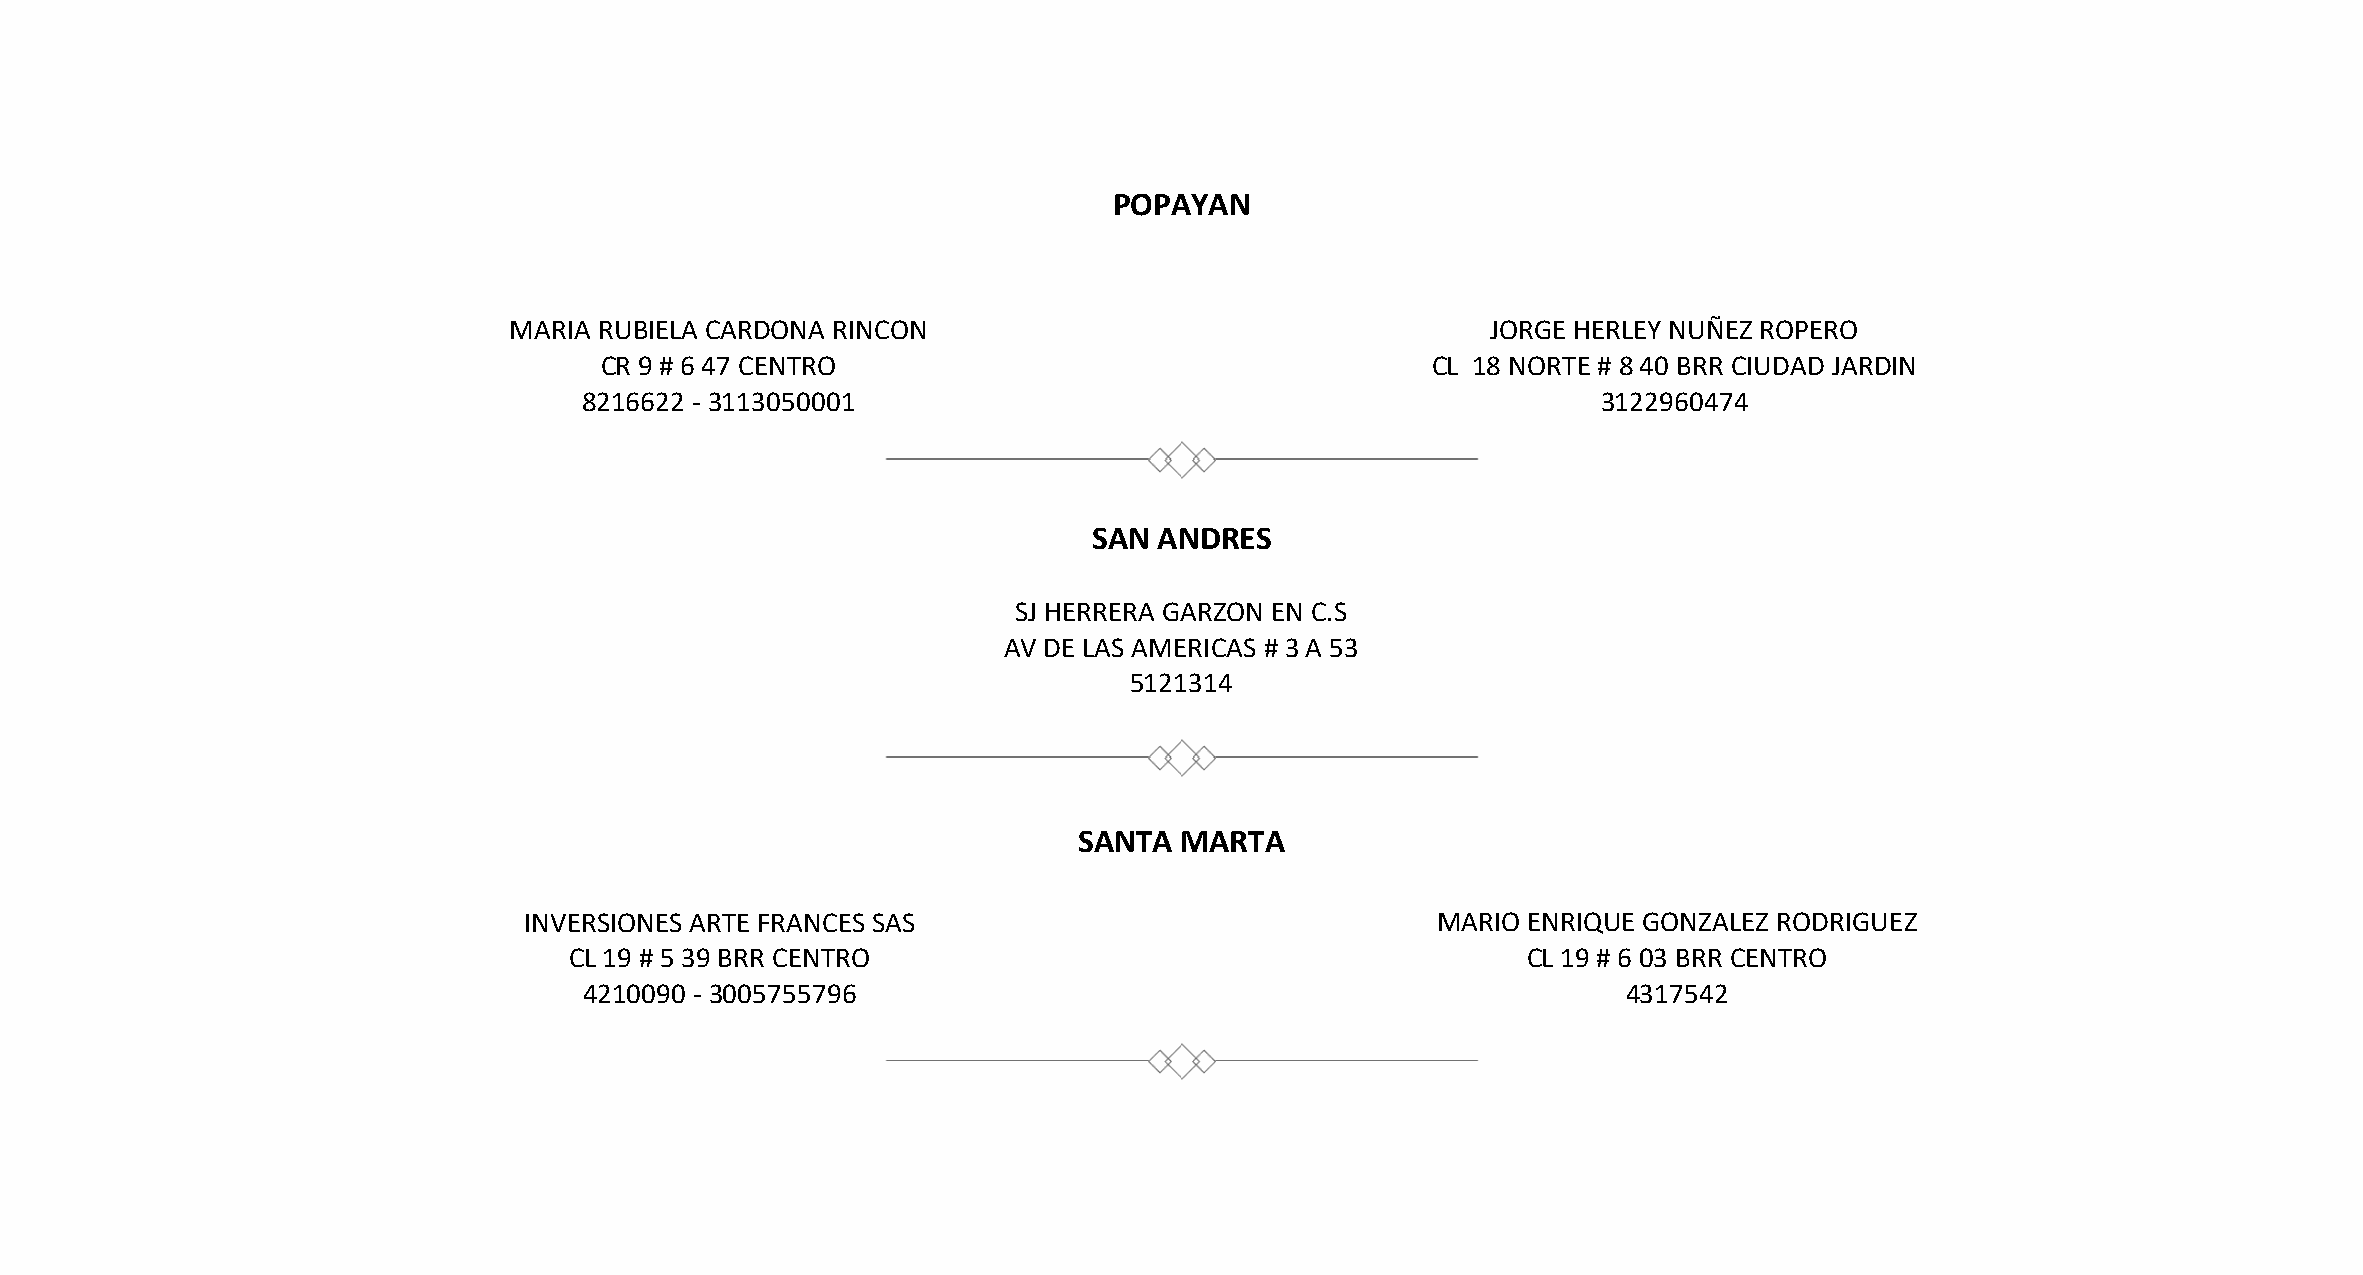
POPAYAN
 MARIA RUBIELA CARDONA RINCON                                     JORGE HERLEY NUÑEZ ROPERO
 CR 9 # 6 47 CENTRO                                     CL 18 NORTE # 8 40 BRR CIUDAD JARDIN
 8216622 - 3113050001                                               3122960474
 SAN  ANDRES
 SJ HERRERA GARZON EN C.S
 AV DE LAS AMERICAS # 3 A 53
 5121314
 SANTA  MARTA
 INVERSIONES ARTE FRANCES SAS                                MARIO ENRIQUE GONZALEZ RODRIGUEZ
 CL 19 # 5 39 BRR CENTRO                                        CL 19 # 6 03 BRR CENTRO
 4210090 - 3005755796                                                 4317542